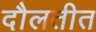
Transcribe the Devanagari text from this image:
दौलतीत